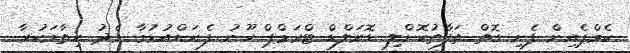
ކެމްޕެއިން ފެށި ގޮތް ތަފާތުކޮށްލި ޑޮނަލްޑް ޓްރަމްޕް ހޫނު ފެނަށްއުޅުމާ މެދު ހިތާމަކުރާ